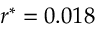
r ^ { * } = 0 . 0 1 8